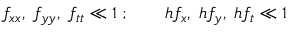
f _ { x x } , \; f _ { y y } , \; f _ { t t } \ll 1 \; ; \qquad h f _ { x } , \; h f _ { y } , \; h f _ { t } \ll 1